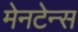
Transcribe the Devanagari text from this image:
मेनटेन्स